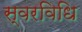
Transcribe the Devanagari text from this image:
स्वरविधि